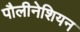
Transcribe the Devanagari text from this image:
पौलीनेशियन